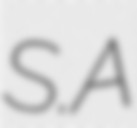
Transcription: S.A